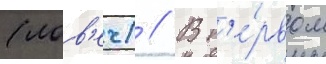
(лов'еч) // В п'е́рвом